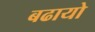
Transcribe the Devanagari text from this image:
बढायो